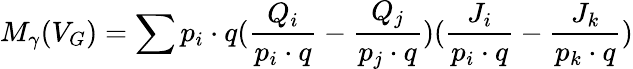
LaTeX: M_{\gamma}(V_{G})=\sum p_{i}\cdot q(\frac{Q_{i}}{p_{i}\cdot q}-\frac{Q_{j}}{p_{j}\cdot q})(\frac{J_{i}}{p_{i}\cdot q}-\frac{J_{k}}{p_{k}\cdot q})